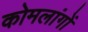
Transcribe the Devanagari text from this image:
कोमलांगों